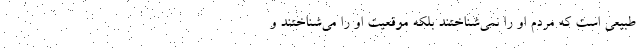
طبیعی است که مردم او را نمی‌شناختند بلکه موقعیت او را می‌شناختند و